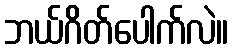
ဘယ်ဂိတ်ပေါက်လဲ။